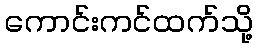
ကောင်းကင်ထက်သို့